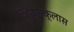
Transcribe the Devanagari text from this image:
शिवणक्लास